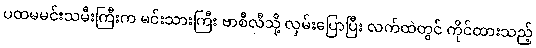
ပထမမင်းသမီးကြီးက မင်းသားကြီး ဗာစီလီသို့ လှမ်းပြောပြီး လက်ထဲတွင် ကိုင်ထားသည့်